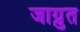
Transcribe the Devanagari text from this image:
जाग्रुत